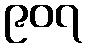
၉၀၇